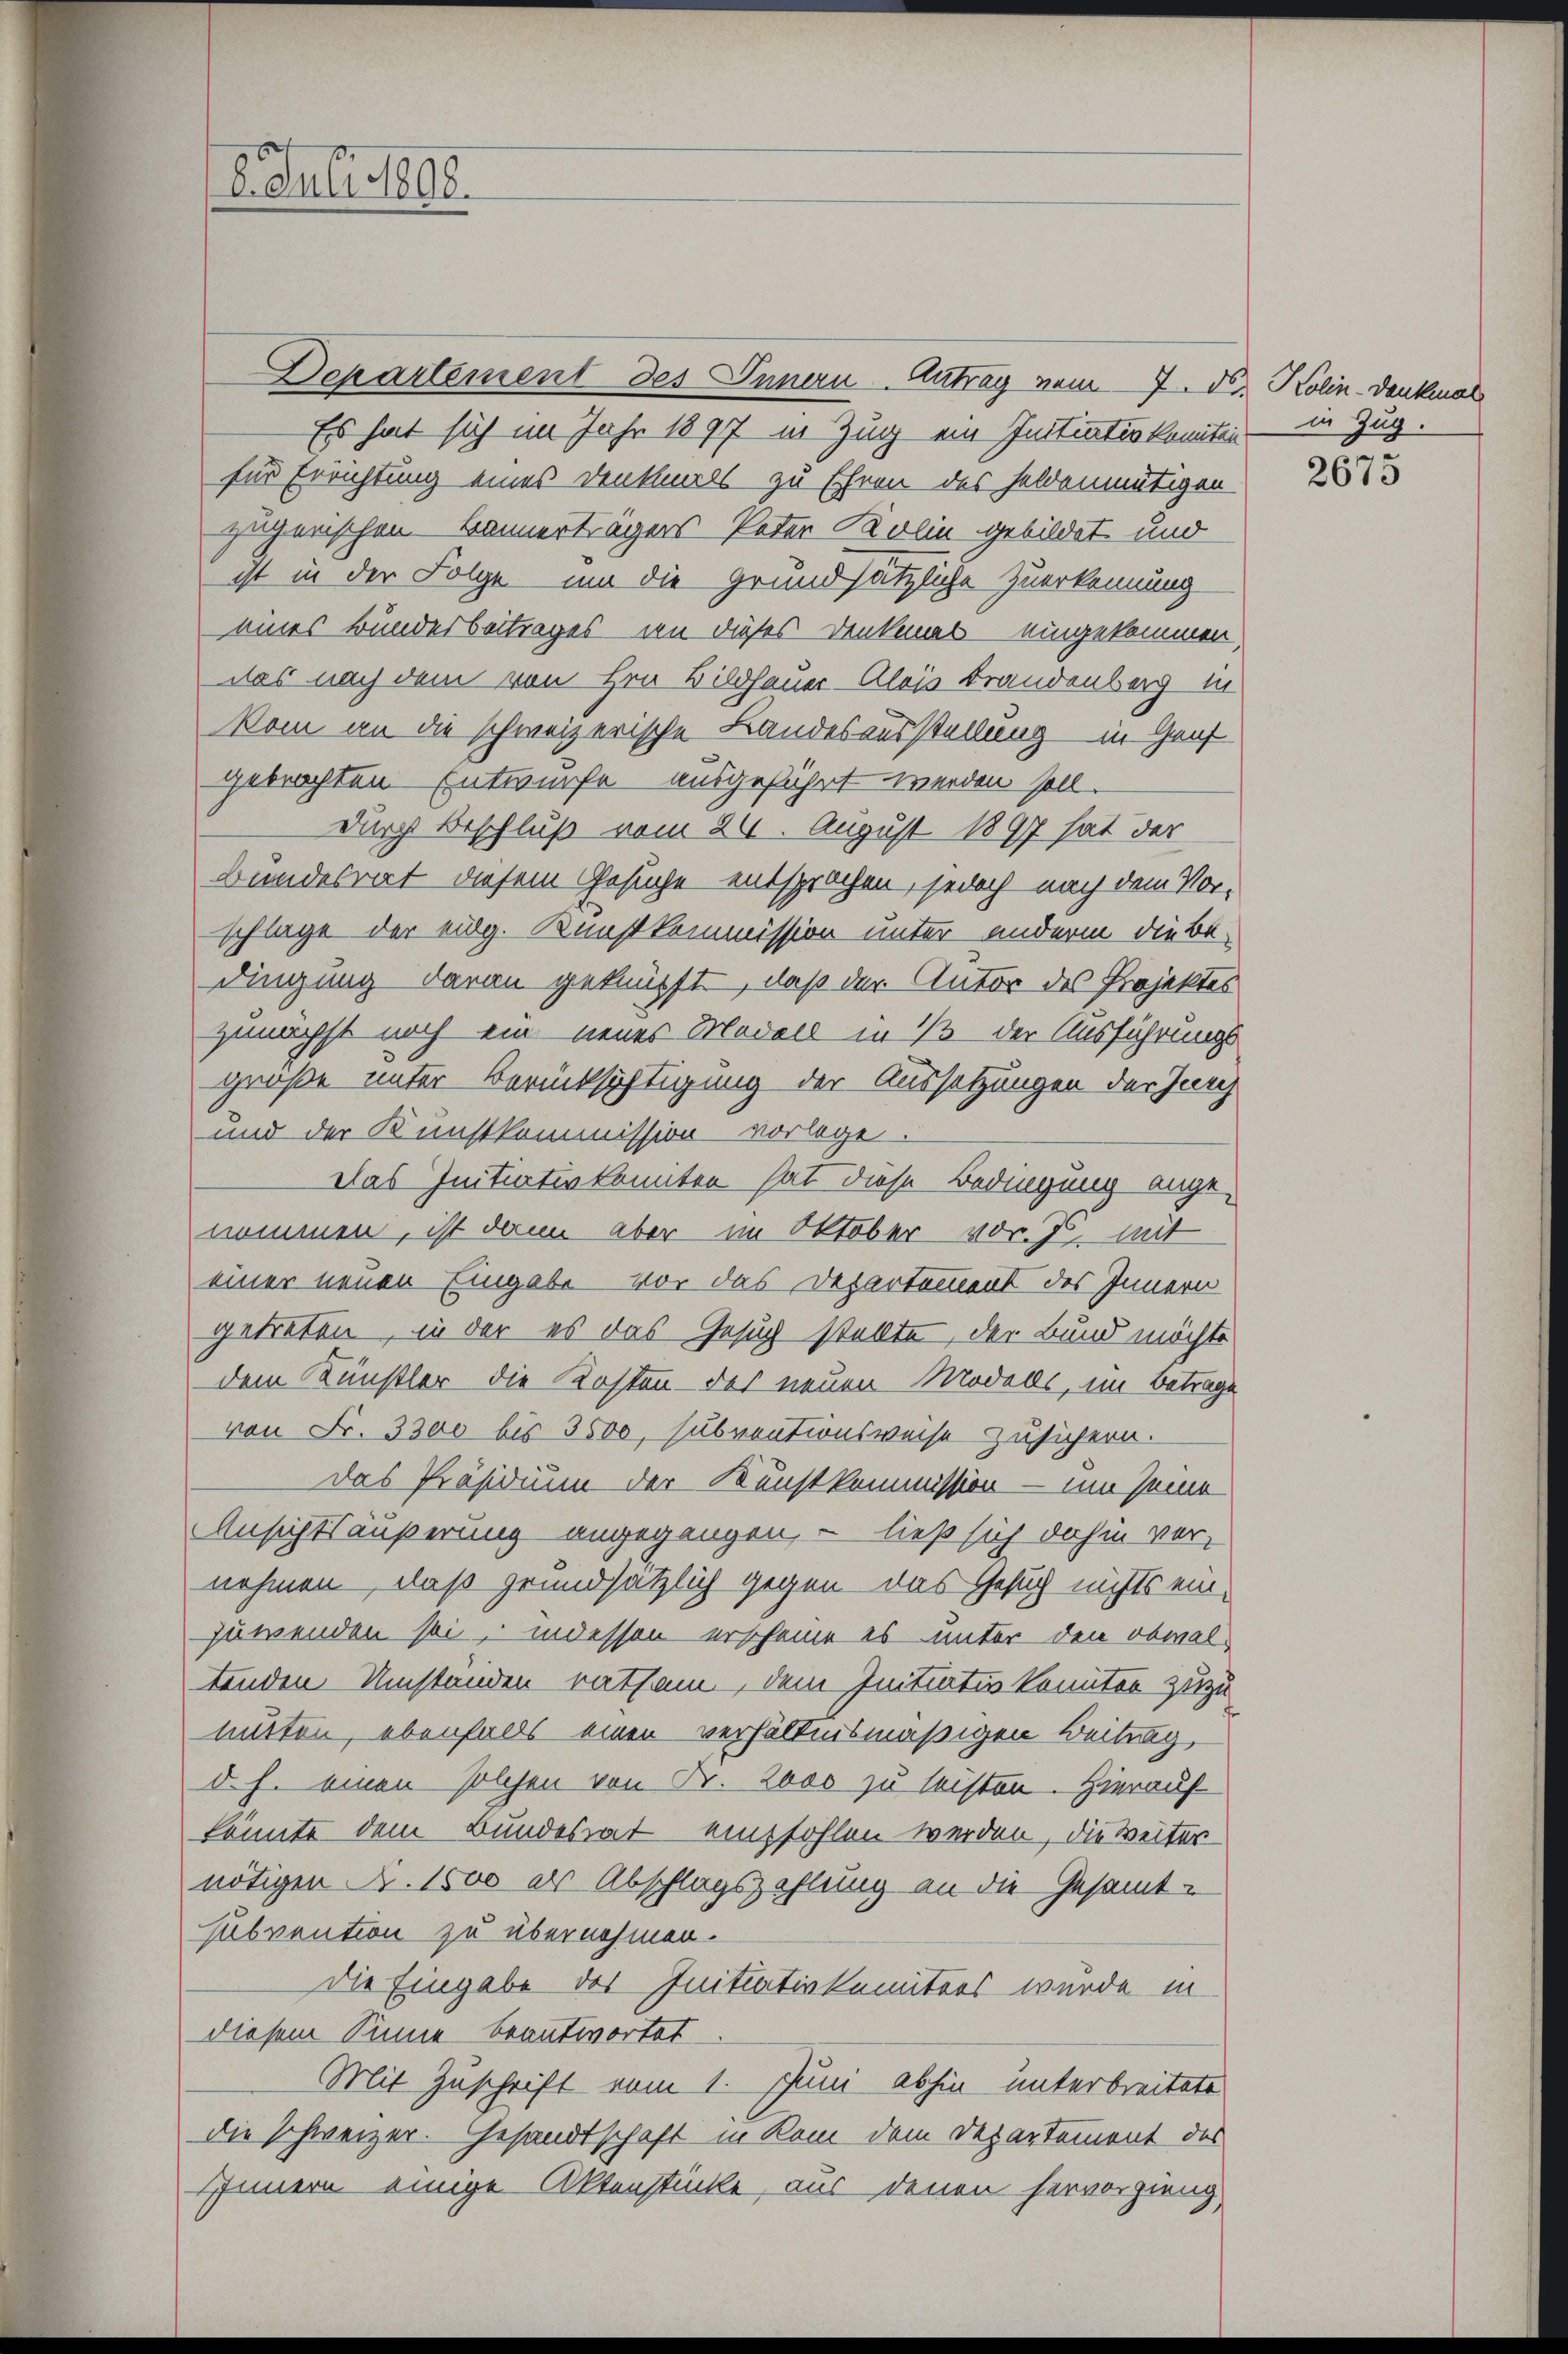
Departement des Innern Antrag vom 7. ds. Kolin-Denkmal
Es hat sich im Jahr 1897 in Zug ein Initiation komiten
für Errichtung eines Denkmals zu Ehren des Feldenmütigen
zugerischen Bannerträgers Peter Kolin gebildet und
ist in der Folge um die grundsätzliche Zuerkennung
eines Bundesbeitrages in dieses Denkenas eingekommen,
das nach dem von Hrn. Bildhauer-Alois Brandenberg in
kom an die schweizerische Landesausstellung in Genf
gebrachten Entwurfe ausgeführt werden soll.
durch Beschluß vom 24. August 1897 hat der
Bundesrat diesem Gesuche entsprochen, jedoch nach dem Vor-
schlage der eidg. Kunstkommission unter anderm die Be-
dingung daran geknüpft, daß der Autor des Projektes
zunächst noch ein neues Modell in 1 der Ausführungs
grüße unter Berücksichtigung der Aussetzungen der Jung
und der Kunstkommission vorlage.
Das Initiativ konnten hat diese Bedingung ange-
nommen, ist dann aber im Oktober vor. J. mit
einer neuen Eingabe vor das Departement des Innern
getreten, in der es das Gesuch stellte, der Bund möchte
dem Künstler die Kosten des neuen Models, im Betrage
von Fr. 3300 bis 3500, subventionsweise zusichern.
das Präsidium der Kunstkommission - um seine
Ansichtsäußerung angegangen, – ließ sich dahin ver-
nehmen, daß grundsätzlich gegen das Gesuch nichts einzuwenden sei, indessen erscheine es unter den obwal-
tenden Umständen rathem, dem Initiatis konnten zuzumitten, ebenfalls einen verhältnismäßigen Beitrag,
d. h. einen solchen von Fr. Loos zu leisten. Hierauf
könnte dem Bundesrat empfohlen werden, die Weiter
nötigen d. 1500 als Abschlagszahlung an die Gesammt-
subvention zu übernehmen.
die Eingabe des Initiativkomitärs wurde in
diesem Sinne beantwortet
Mit Zuschrift vom 1. Juni abhin unterbreitete
die schweizer. Gesandtschaft in kam dem Departement des
Innern einige Aktenstücke, aus denen hervorging,

8. Juli 1898.

in Zug.

2675